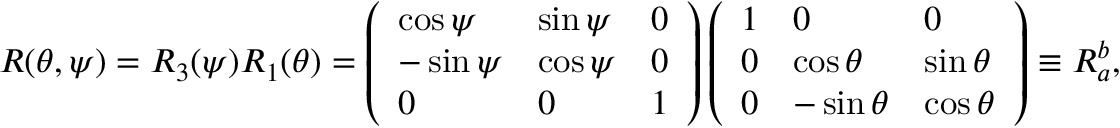
\begin{array} { r } { R ( \theta , \psi ) = R _ { 3 } ( \psi ) R _ { 1 } ( \theta ) = \left( \begin{array} { l l l } { \cos \psi } & { \sin \psi } & { 0 } \\ { - \sin \psi } & { \cos \psi } & { 0 } \\ { 0 } & { 0 } & { 1 } \end{array} \right) \left( \begin{array} { l l l } { 1 } & { 0 } & { 0 } \\ { 0 } & { \cos \theta } & { \sin \theta } \\ { 0 } & { - \sin \theta } & { \cos \theta } \end{array} \right) \equiv R _ { a } ^ { b } , } \end{array}